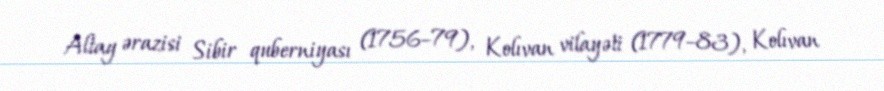
Altay ərazisi Sibir quberniyası (1756–79), Kolıvan vilayəti (1779–83), Kolıvan